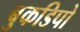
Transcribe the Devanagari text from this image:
बुकडिपो